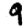
Digit: 9